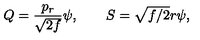
Q = { \frac { p _ { r } } { \sqrt { 2 f } } } \psi , \qquad S = \sqrt { f / 2 } r \psi ,